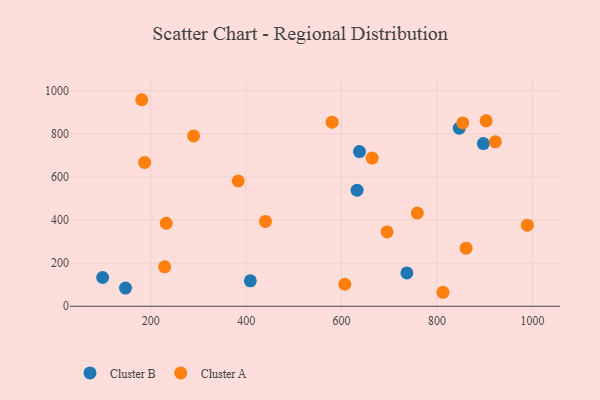
{"axis": {"x": "Price", "y": "Sales"}, "legend": ["Cluster A", "Cluster B"], "data": [{"x": "632.4", "y": 538.4, "type": "Cluster B"}, {"x": "846.6", "y": 826.4, "type": "Cluster B"}, {"x": "408.8", "y": 117.7, "type": "Cluster B"}, {"x": "897.0", "y": 754.7, "type": "Cluster B"}, {"x": "736.8", "y": 154.8, "type": "Cluster B"}, {"x": "637.5", "y": 717.5, "type": "Cluster B"}, {"x": "99.3", "y": 133.4, "type": "Cluster B"}, {"x": "147.2", "y": 84.1, "type": "Cluster B"}, {"x": "580.2", "y": 854.2, "type": "Cluster A"}, {"x": "664.1", "y": 687.4, "type": "Cluster A"}, {"x": "181.3", "y": 958.2, "type": "Cluster A"}, {"x": "902.8", "y": 860.3, "type": "Cluster A"}, {"x": "232.6", "y": 385.0, "type": "Cluster A"}, {"x": "187.3", "y": 666.9, "type": "Cluster A"}, {"x": "289.9", "y": 790.2, "type": "Cluster A"}, {"x": "922.2", "y": 762.7, "type": "Cluster A"}, {"x": "853.8", "y": 850.7, "type": "Cluster A"}, {"x": "989.3", "y": 376.0, "type": "Cluster A"}, {"x": "383.3", "y": 581.2, "type": "Cluster A"}, {"x": "812.4", "y": 64.8, "type": "Cluster A"}, {"x": "758.7", "y": 432.4, "type": "Cluster A"}, {"x": "860.9", "y": 269.5, "type": "Cluster A"}, {"x": "606.8", "y": 102.0, "type": "Cluster A"}, {"x": "440.5", "y": 393.5, "type": "Cluster A"}, {"x": "229.3", "y": 182.9, "type": "Cluster A"}, {"x": "695.4", "y": 344.8, "type": "Cluster A"}]}